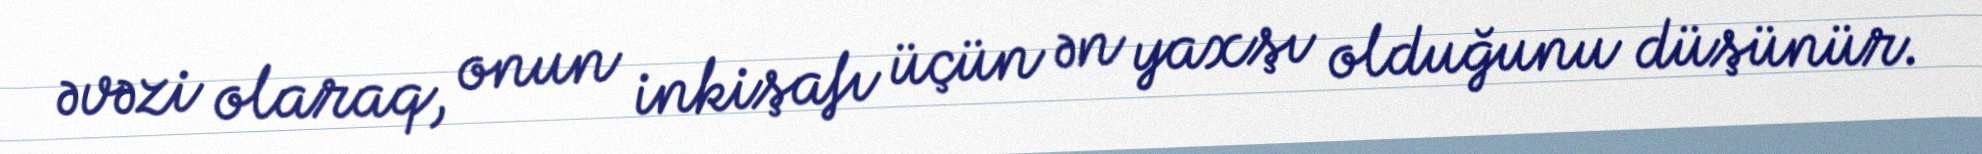
əvəzi olaraq, onun inkişafı üçün ən yaxşı olduğunu düşünür.